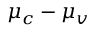
\mu _ { c } - \mu _ { v }